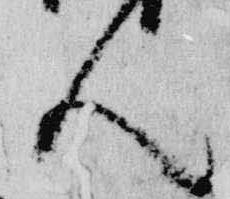
人